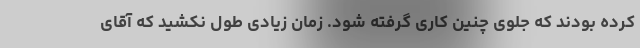
کرده بودند که جلوی چنین کاری گرفته شود. زمان زیادی طول نکشید که آقای